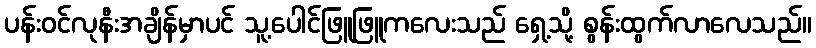
ပန်းဝင်လုနီးအချိန်မှာပင် သူ့ပေါင်ဖြူဖြူကလေးသည် ရှေ့သို့ စွန်းထွက်လာလေသည်။